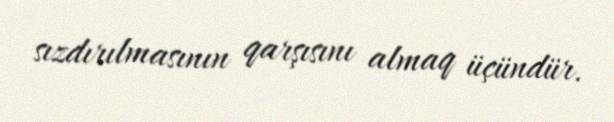
sızdırılmasının qarşısını almaq üçündür.